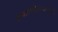
તપાસણીદવાઓની